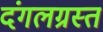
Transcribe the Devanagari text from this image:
दंगलग्रस्त